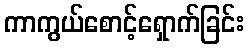
ကာကွယ်စောင့်ရှောက်ခြင်း